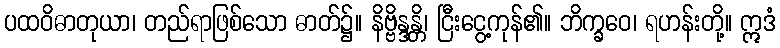
ပထဝိဓာတုယာ၊ တည်ရာဖြစ်သော ဓာတ်၌။ နိဗ္ဗိန္ဒန္တိ၊ ငြီးငွေ့ကုန်၏။ ဘိက္ခဝေ၊ ရဟန်းတို့။ ဣဒံ